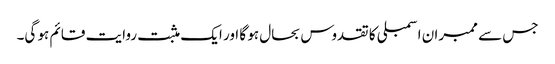
جس سے ممبران اسمبلی کا تقدوس بحال ہو گا اور ایک مثبت روایت قائم ہو گی۔